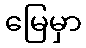
မြေမှာ